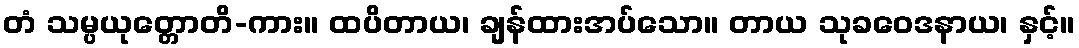
တံ သမ္ပယုတ္တောတိ-ကား။ ထပိတာယ၊ ချန်ထားအပ်သော။ တာယ သုခဝေဒနာယ၊ နှင့်။